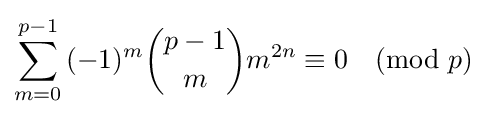
\sum _{m=0}^{p-1}{(-1)^{m}{p-1 \choose m}m^{2n}}\equiv 0{\pmod {p}}